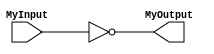
//model to invert

module MyInverter(MyInput,MyOutput);

input MyInput;
output MyOutput;

assign MyOutput = ~MyInput;

endmodule